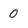
Character: 0